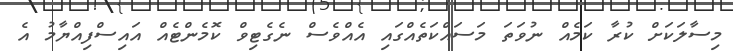
މިސާލަކަށް ކުރާ ކަމެއް ނުވަތަ މަސައްކަތެއްގައި އެއްވެސް ނެގެޓިވް ކޮމެންޓެއް އައިސްފިއްޔާމު އެ